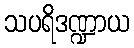
သပရိဒဏ္ဍာယ